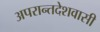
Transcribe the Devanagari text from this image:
अपरान्तदेशवासी